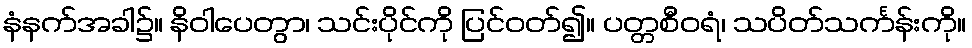
နံနက်အခါ၌။ နိဝါပေတွာ၊ သင်းပိုင်ကို ပြင်ဝတ်၍။ ပတ္တစီဝရံ၊ သပိတ်သင်္ကန်းကို။